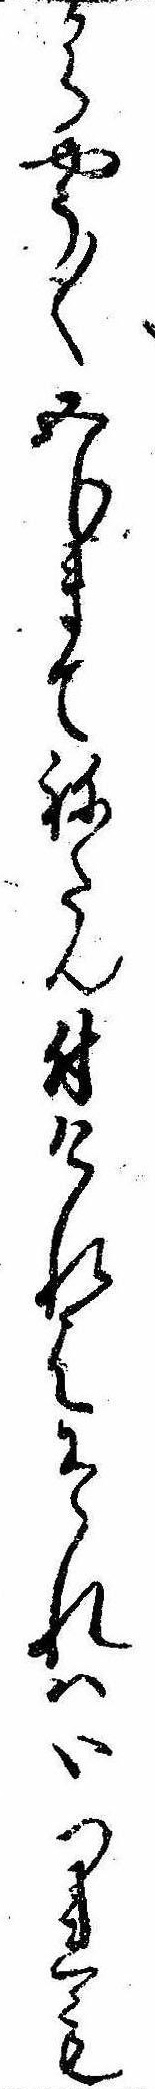
からやう〱五分まてねたん付けれはそれはいつれも